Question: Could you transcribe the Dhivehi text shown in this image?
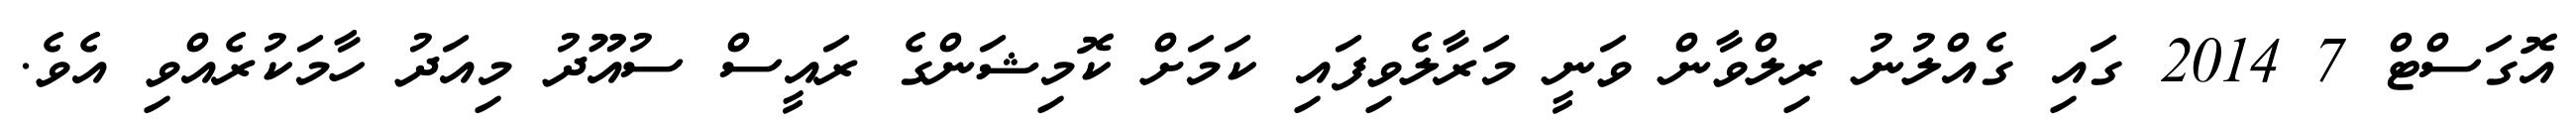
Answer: އޮގަސްޓް 7 2014 ގައި ގެއްލުނު ރިލްވާން ވަނީ މަރާލެވިފައި ކަމަށް ކޮމިޝަންގެ ރައީސް ސުއޫދު މިއަދު ހާމަކުރެއްވި އެވެ.